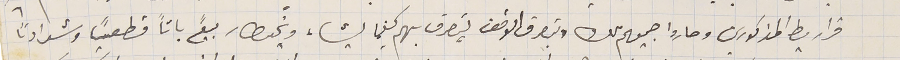
قراريط المذكورين وصاروا جميعهم ملك وبتصرف الوقف يتصرف بهم كيفما يشاء ويَخطار بيعً باتاً قطعياً وشراءاً